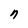
Character: n